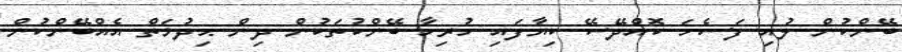
ބޭންކުން ލުއި ފަސެހަ ކޮއްދޭސޭ ކިޔާފައި ހުރިހާ ބޭންކުތަކުން ދިން ޙިދުމަތް އެއްބޭންކުން